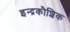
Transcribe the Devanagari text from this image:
इन्द्रकौशिक